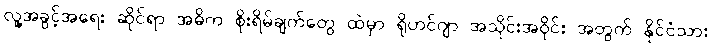
လူ့အခွင့်အရေး ဆိုင်ရာ အဓိက စိုးရိမ်ချက်တွေ ထဲမှာ ရိုဟင်ဂျာ အသိုင်းအဝိုင်း အတွက် နိုင်ငံသား